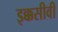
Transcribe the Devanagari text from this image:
इक्कसीवीं